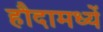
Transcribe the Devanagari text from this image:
हौदामध्यें